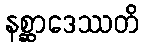
နစ္ဆာဒေဿတိ